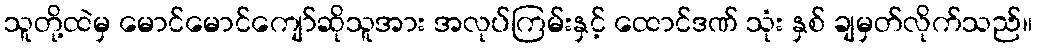
သူတို့ထဲမှ မောင်မောင်ကျော်ဆိုသူအား အလုပ်ကြမ်းနှင့် ထောင်ဒဏ် သုံး နှစ် ချမှတ်လိုက်သည်။